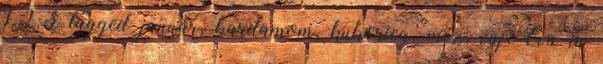
1.2.3 tagged január, kardamom, kukorica, méz, vaj, Éva in